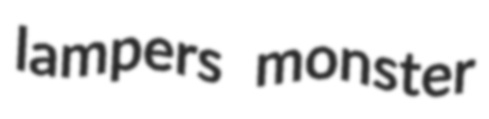
lampers monster